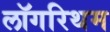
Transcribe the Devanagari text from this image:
लॉगरिथम